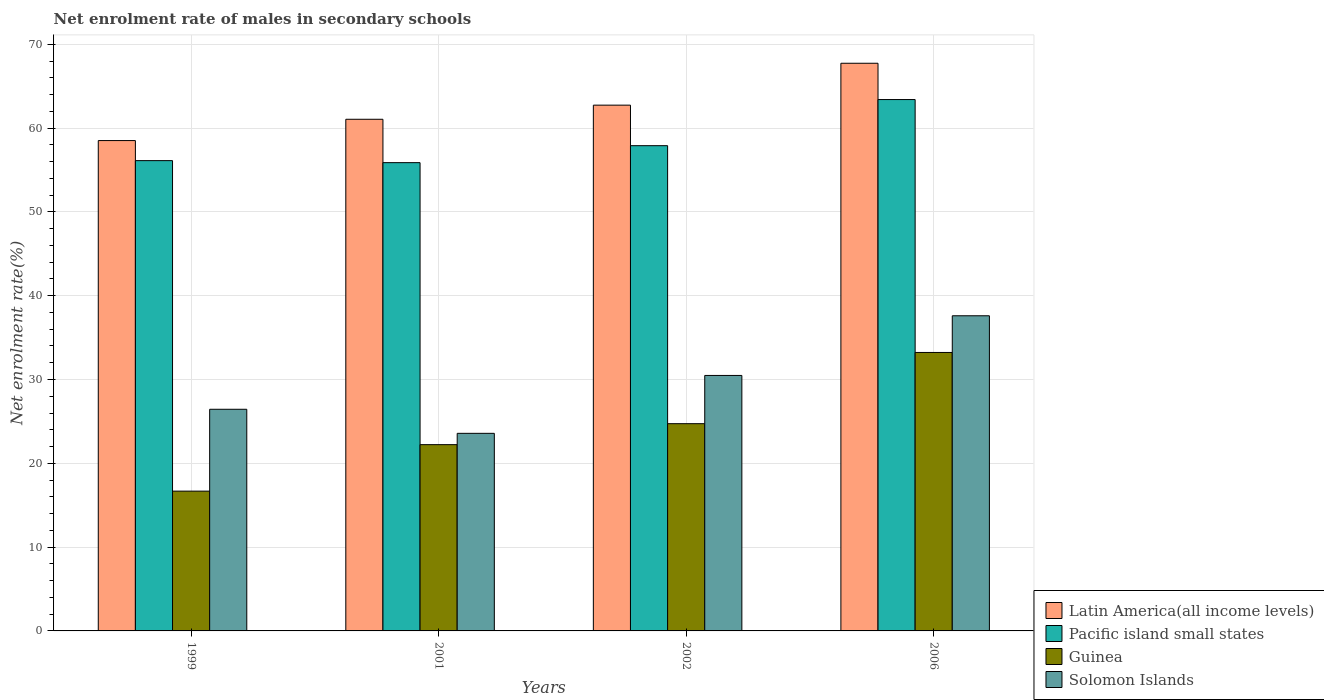
| Years | Latin America(all income levels) | Pacific island small states | Guinea | Solomon Islands |
 | --- | --- | --- | --- | --- |
 | 1999 | 58.5 | 56.1 | 16.7 | 26.4 |
 | 2001 | 61.1 | 55.9 | 22.2 | 23.6 |
 | 2002 | 62.7 | 57.9 | 24.7 | 30.5 |
 | 2006 | 67.7 | 63.4 | 33.2 | 37.6 |